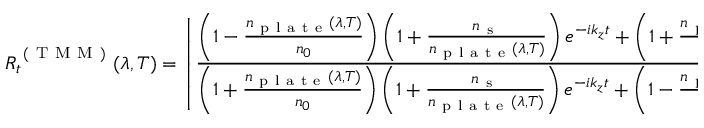
R _ { t } ^ { \mathrm { ~ ( ~ T ~ M ~ M ~ ) ~ } } ( \lambda , T ) = \left| \frac { \left( 1 - \frac { n _ { \mathrm { ~ p ~ l ~ a ~ t ~ e ~ } } ( \lambda , T ) } { n _ { 0 } } \right) \left( 1 + \frac { n _ { \mathrm { ~ s ~ } } } { n _ { \mathrm { ~ p ~ l ~ a ~ t ~ e ~ } } ( \lambda , T ) } \right) e ^ { - i k _ { z } t } + \left( 1 + \frac { n _ { \mathrm { ~ p ~ l ~ a ~ t ~ e ~ } } ( \lambda , T ) } { n _ { 0 } } \right) \left( 1 - \frac { n _ { \mathrm { ~ s ~ } } } { n _ { \mathrm { ~ p ~ l ~ a ~ t ~ e ~ } } ( \lambda , T ) } \right) e ^ { i k _ { z } t } } { \left( 1 + \frac { n _ { \mathrm { ~ p ~ l ~ a ~ t ~ e ~ } } ( \lambda , T ) } { n _ { 0 } } \right) \left( 1 + \frac { n _ { \mathrm { ~ s ~ } } } { n _ { \mathrm { ~ p ~ l ~ a ~ t ~ e ~ } } ( \lambda , T ) } \right) e ^ { - i k _ { z } t } + \left( 1 - \frac { n _ { \mathrm { ~ p ~ l ~ a ~ t ~ e ~ } } ( \lambda , T ) } { n _ { 0 } } \right) \left( 1 - \frac { n _ { \mathrm { ~ s ~ } } } { n _ { \mathrm { ~ p ~ l ~ a ~ t ~ e ~ } } ( \lambda , T ) } \right) e ^ { i k _ { z } t } } \right| ^ { 2 } ,